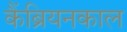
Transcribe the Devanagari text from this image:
कैंब्रियनकाल